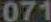
071